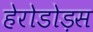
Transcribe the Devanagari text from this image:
हेरोडोड़स